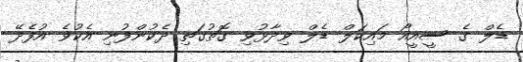
ޑެލް ގެ ސީއީއޯ މައިކަލް ޑެލް ވިދާޅުވި ގޮތުގަތި ދެކުންފުނި އެކުވެ އުފެދޭ